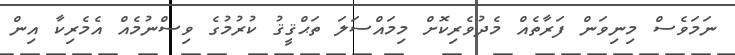
ނަމަވެސް މިނިވަން ފަރާތެއް މެދުވެރިކޮށް މިމައްސަލަ ތަޙްޤީޤު ކުރުމުގެ ވިސްނުމެއް އެމެރިކާ އިން